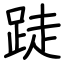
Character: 跿